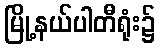
မြို့နယ်ပါတီရုံး၌